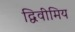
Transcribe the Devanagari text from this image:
द्विवीमिय